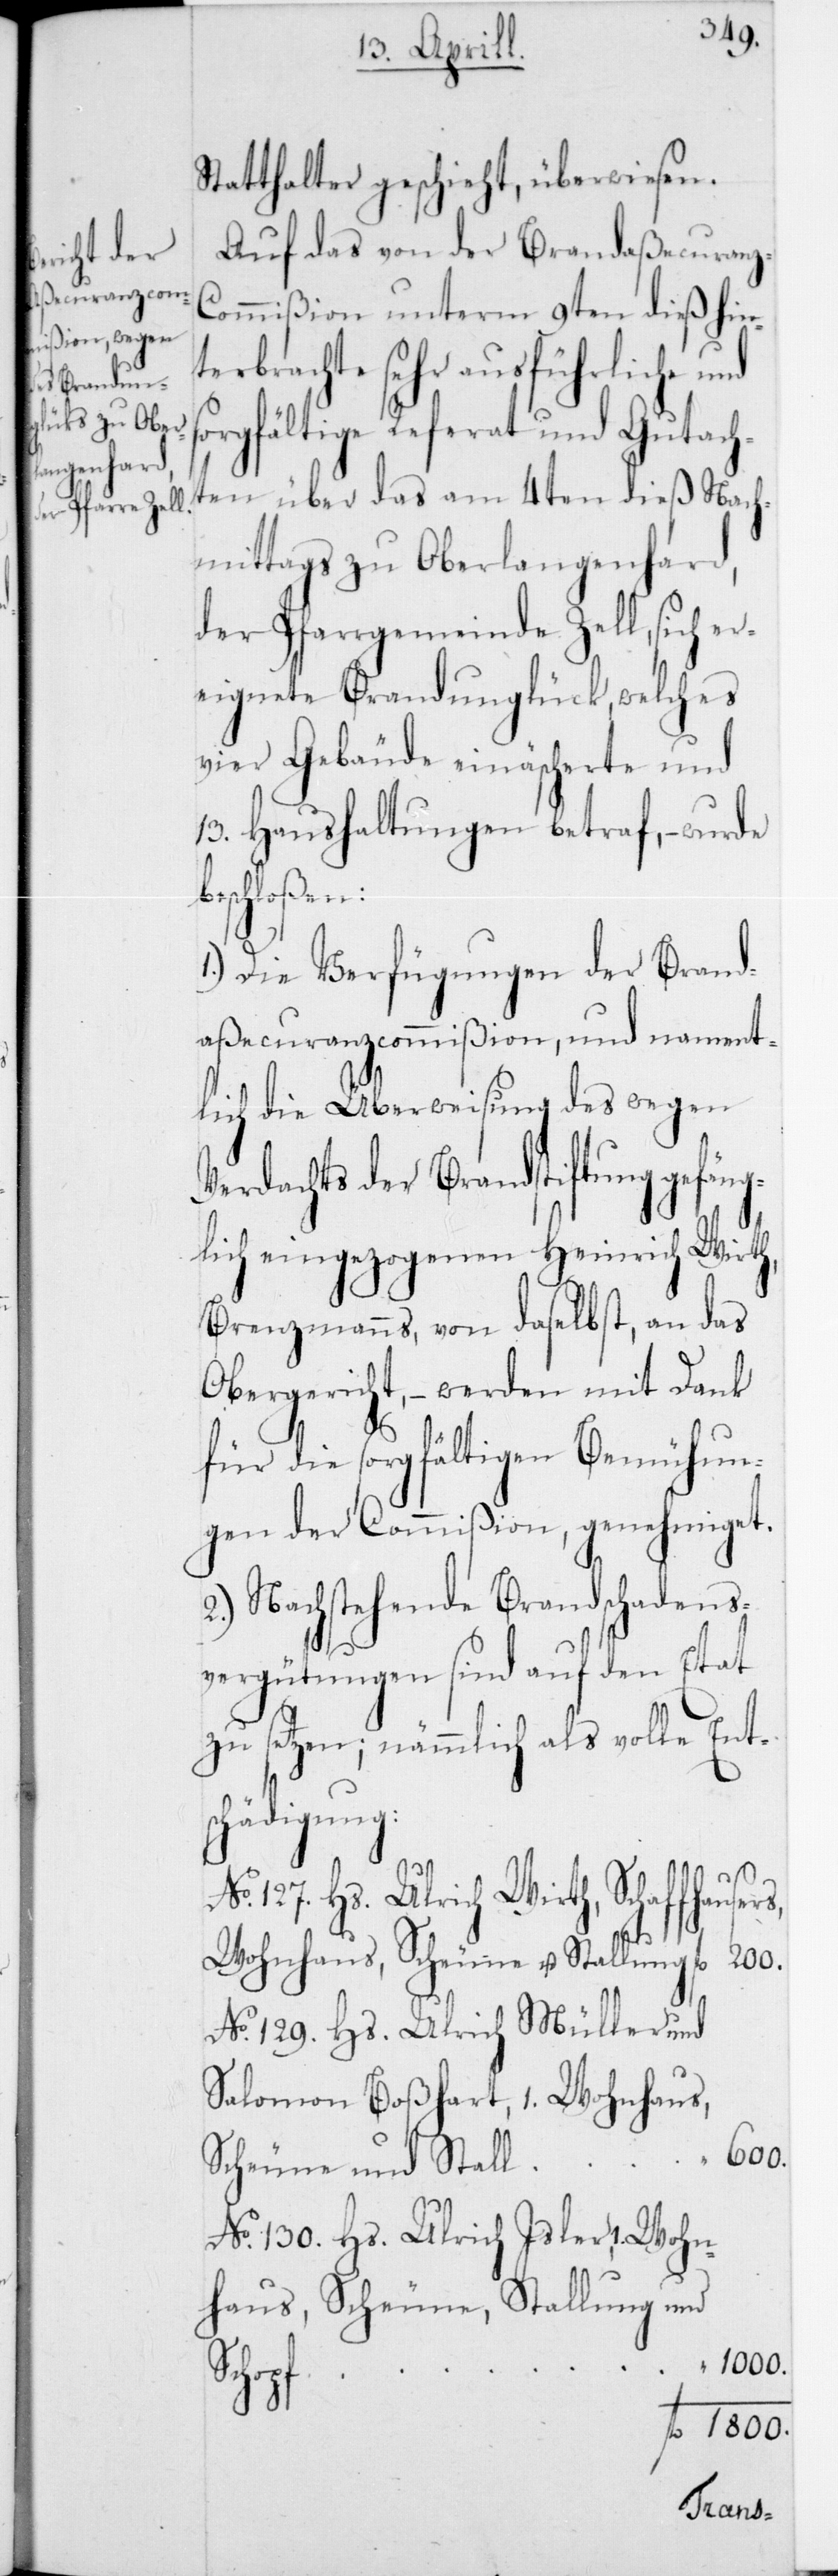
Statthalter geschieht, überwiesen.
Auf das von der Brandaßecuran¬
ommißion unterm 9ten dieß hin¬
terbrachte sehr ausführliche und
orgfältige Referat und Gutach¬
ten über das am 4ten dieß Nach¬
mittags zu Oberlangenhard,
der Pfarrgemeinde Zell, sich er¬
eignete Brandunglück, welches
vier Gebäude einäscherte und
13 Haushaltungen betraf, – wurde
eschloßen:
1.) Die Verfügungen der Brand¬
aßecuranzcommißion, und nament¬
lich die Überweisung des wegen
Verdachts der Brandstiftung gefäng¬
lich eingezogenen Heinrich Wirth,
Brenzmanns, von daselbst, an das
Obergericht, – werden mit Dank
für die sorgfältigen Bemühun¬
gen der Commißion, genehmiget.
2.) Nachstehende Brandschadens¬
vergütungen sind auf den Etat
zu setzen; nämmlich als volle Ent¬
ädigung:
Ulrich Wirth, Schaffhaus¬
No 129 Hs. Ulrich Müller und
Salomon Boßhart, 1 Wohnhaus,
1000
Scheune und Stall
No 130 Hs. Ulrich Isler, 1 Wohn¬
haus, Scheune, Stallung und
fl.